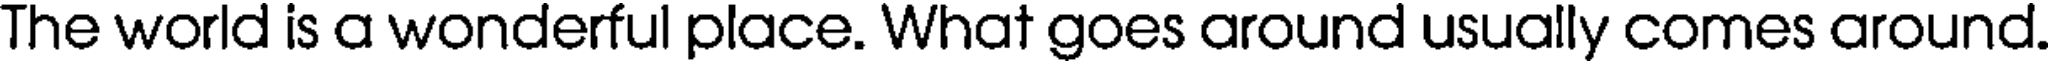
The world is a wonderful place. What goes around usually comes around.